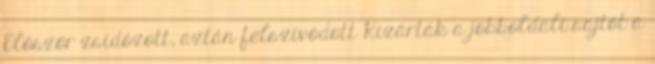
Először zsidózott, aztán felszívódott Kizárták a jobboldali sajtót a